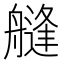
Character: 𦪎